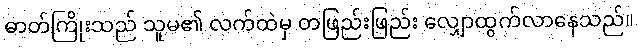
ဓာတ်ကြိုးသည် သူမ၏ လက်ထဲမှ တဖြည်းဖြည်း လျှောထွက်လာနေသည်။